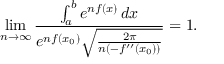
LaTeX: \operatorname* { l i m } _ { n \to \infty } { \frac { \int _ { a } ^ { b } e ^ { n f ( x ) } \, d x } { e ^ { n f ( x _ { 0 } ) } { \sqrt { \frac { 2 \pi } { n \left( - f ^ { \prime \prime } ( x _ { 0 } ) \right) } } } } } = 1 .